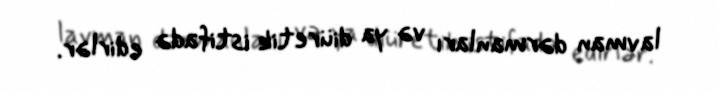
lavman dərmanları və ya diüretik istifadə edirlər.